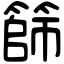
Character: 篩